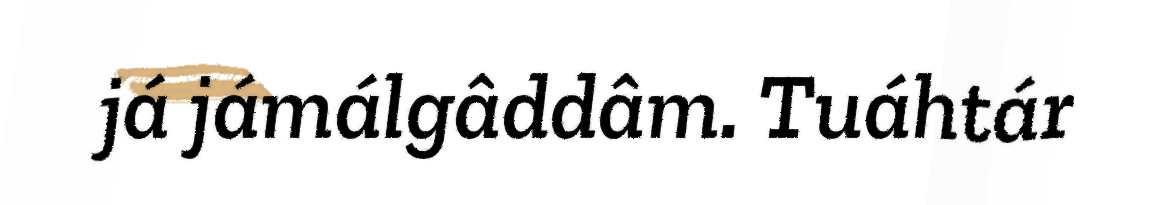
já jámálgâddâm. Tuáhtár